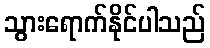
သွားရောက်နိုင်ပါသည်